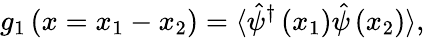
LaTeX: g_{1}\left(x=x_{1}-x_{2}\right)=\langle\hat{\psi}^{\dagger}\left(x_{1}\right)\hat{\psi}\left(x_{2}\right)\rangle,